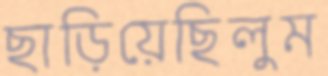
ছাড়িয়েছিলুম